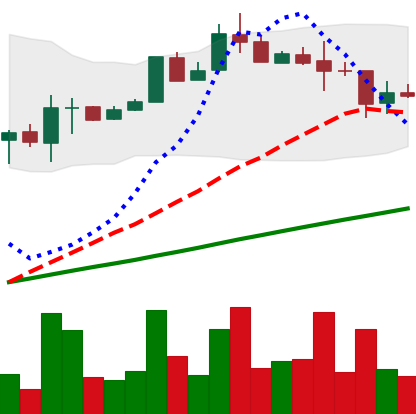
Ticker: LTC-USD
Chart end date: 2017-08-17
Forward return: 6.405%
Label: up_5_7